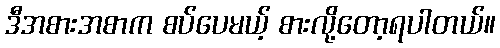
ဒီအစားအစာက စပ်ပေမယ့် စားလို့တော့ရပါတယ်။